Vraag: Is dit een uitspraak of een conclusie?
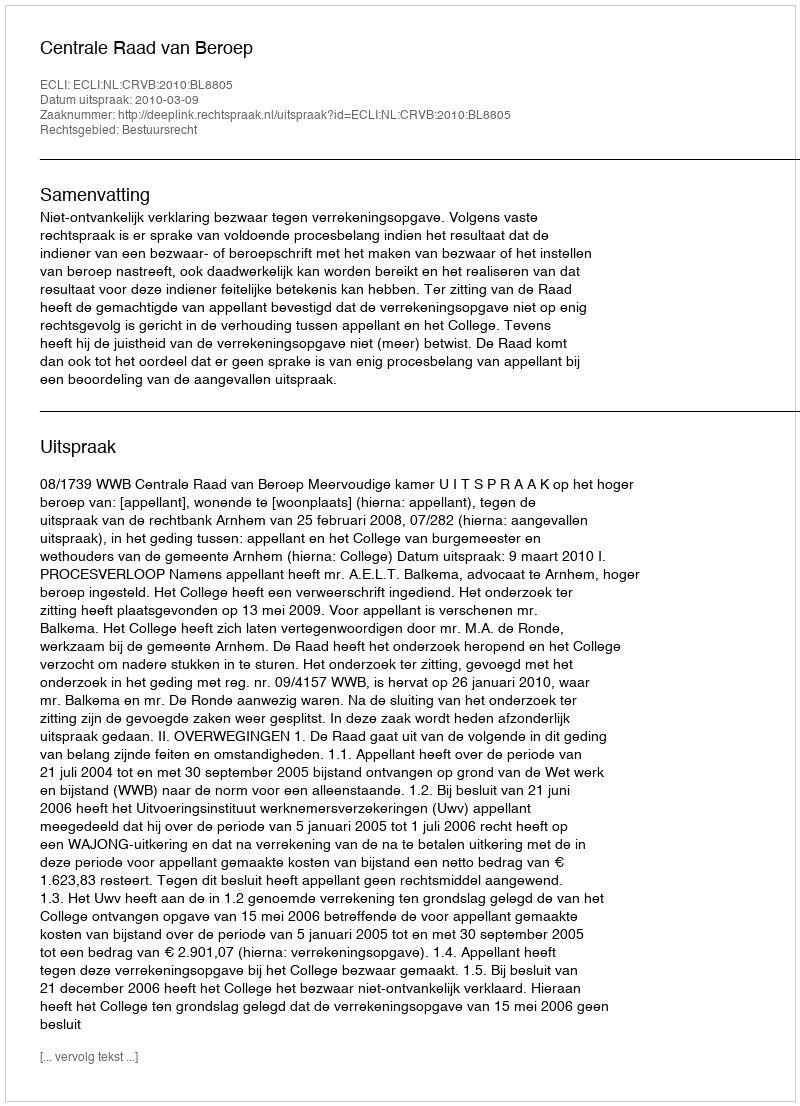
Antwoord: Uitspraak